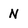
Character: N